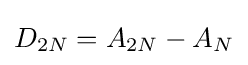
D_{2N}=A_{2N}-A_{N}